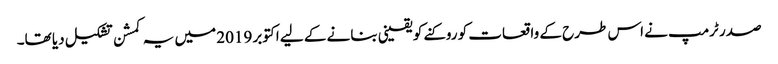
صدر ٹرمپ نے اس طرح کے واقعات کو روکنے کو یقینی بنانے کے لیے اکتوبر 2019 میں یہ کمشن تشکیل دیا تھا۔